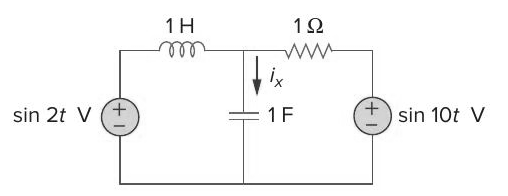
Components in this circuit:
resistor
inductor
voltage source
voltage source
capacitor